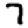
Digit: 7